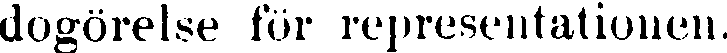
dogörelse för representationen.